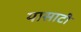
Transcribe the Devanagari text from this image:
यासाटी